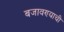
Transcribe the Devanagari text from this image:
बजावण्याची